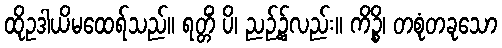
ထိုဥဒါယိမထေရ်သည်။ ရတ္တိံ ပိ၊ ညဉ့်၌လည်း။ ကိဉ္စိ၊ တစုံတခုသော